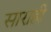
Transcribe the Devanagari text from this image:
साराही